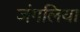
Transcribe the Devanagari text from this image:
जंगलिया